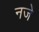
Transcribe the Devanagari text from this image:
नजे